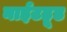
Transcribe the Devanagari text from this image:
नाईटहूड